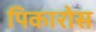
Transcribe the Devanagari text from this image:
पिकारोस